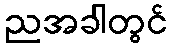
ညအခါတွင်